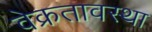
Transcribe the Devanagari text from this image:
वेक्रतावस्था